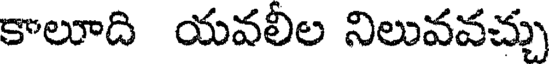
కాలూది యవలీల నిలువవచ్చు